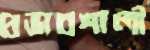
প্রভাবশালী